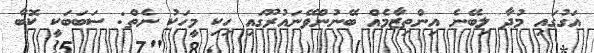
އަގުގައި މުދާ ލިބޭނެ އިންތިޒާމެއް ބޭނުންވޭނައުރޫގައި ހިކި މީހަކު ނެތް: ސަބަބަކީ ކޮބާ